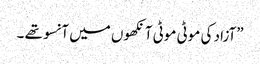
”آزاد کی موٹی موٹی آنکھوں میں آنسو تھے ۔